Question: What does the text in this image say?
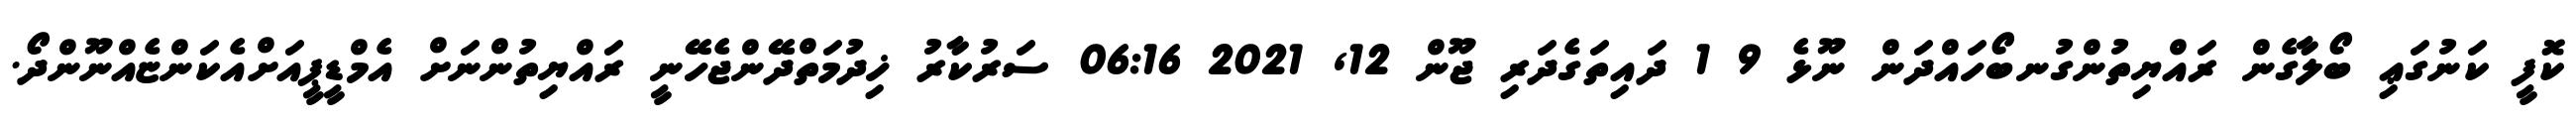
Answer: ކޮފީ ކަނުގަޢި ބޯލާގެން ރައްޔިތުންގުނބޯހައްދަން ނޫޅެ 9 1 ދައިތަގެދަރި ޖޫން 12, 2021 06:16 ސަރުކާރު ޚިދުމަތްދޭންޖެހޭނީ ރައްޔިތުންނަށް އެމްޑީޕީއަށްއެކަންޏެއްނޫންދޯ.